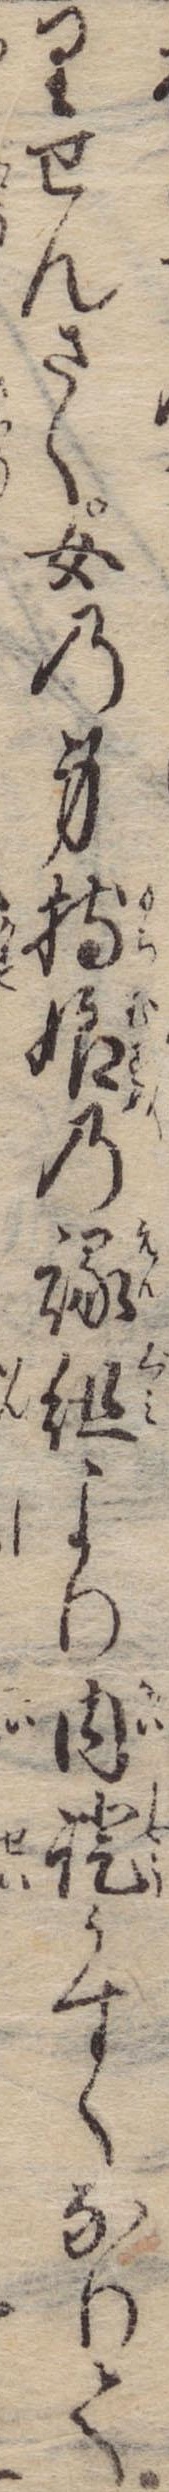
りせんさく女の身持娘の縁組より内証うすくなりて